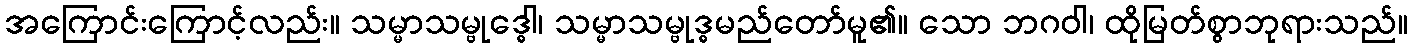
အကြောင်းကြောင့်လည်း။ သမ္မာသမ္ဗုဒ္ဓေါ၊ သမ္မာသမ္ဗုဒ္ဓမည်တော်မူ၏။ သော ဘဂဝါ၊ ထိုမြတ်စွာဘုရားသည်။